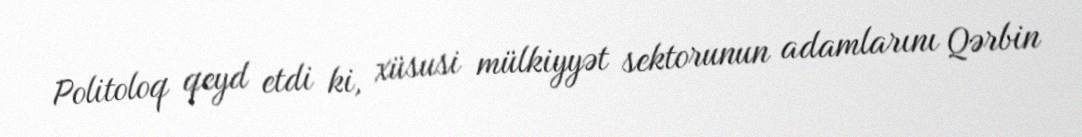
Politoloq qeyd etdi ki, xüsusi mülkiyyət sektorunun adamlarını Qərbin